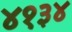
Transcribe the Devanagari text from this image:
४१३४